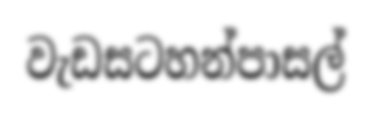
වැඩසටහන්පාසල්